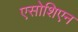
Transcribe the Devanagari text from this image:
एसोशिएन